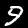
Label: 9